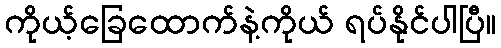
ကိုယ့်ခြေထောက်နဲ့ကိုယ် ရပ်နိုင်ပါပြီ။